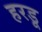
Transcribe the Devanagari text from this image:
हरडू